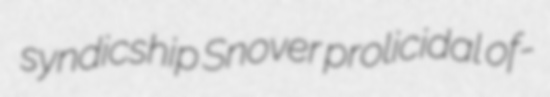
syndicship Snover prolicidal of-